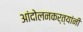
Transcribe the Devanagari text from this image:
आंदोलनकर्त्यांनी